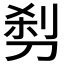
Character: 𰄵